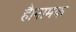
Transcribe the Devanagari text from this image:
है।नामक